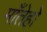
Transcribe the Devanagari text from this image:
माँतेहो